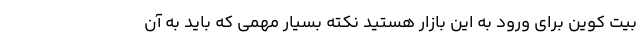
بیت کوین برای ورود به این بازار هستید نکته بسیار مهمی که باید به آن